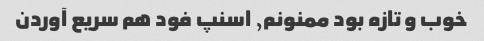
خوب و تازه بود ممنونم, اسنپ فود هم سریع آوردن